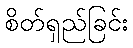
စိတ်ရှည်ခြင်း